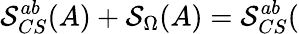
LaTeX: \mathcal{S}_{CS}^{ab}(A)+\mathcal{S}_{\Omega}(A)=\mathcal{S}_{CS}^{ab}(